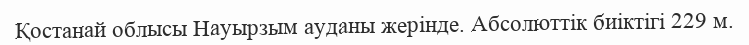
Қостанай облысы Науырзым ауданы жерінде. Абсолюттік биіктігі 229 м.